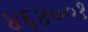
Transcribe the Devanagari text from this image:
४६४००१